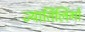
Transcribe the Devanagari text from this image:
ज्यार्तिलिंगों